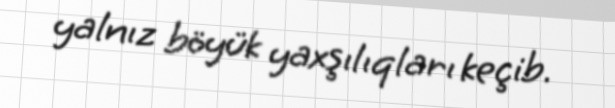
yalnız böyük yaxşılıqları keçib.